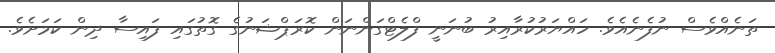
ތަނެއްވެސް ނުފެނެއެވެ. ހައްޔަރުކުރާއިރު ބުނަނީ ފްލެޓްގަންނަން ކޮރަޕްޝަނުގެ ގޮތުގައި ފައިސާ ދިން ކަމަށެވެ.